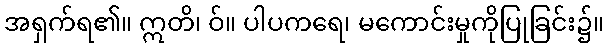
အရှက်ရ၏။ ဣတိ၊ ဝ်။ ပါပကရေ၊ မကောင်းမှုကိုပြုခြင်း၌။